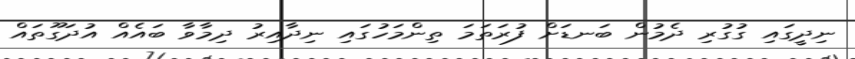
ނިދީގައި ގުގުރި ދެމުން ބަނޑަށް ފުރަތަމަ ތިންމަހުގައި ނިދާއިރު ދިމާވާ ބައެއް އުދަގޫތައް